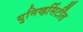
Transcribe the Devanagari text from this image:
युनिव्हर्सिर्टींत